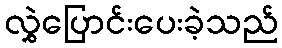
လွှဲပြောင်းပေးခဲ့သည်